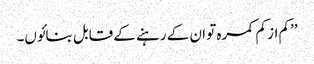
’’کم از کم کمرہ تو ان کے رہنے کے قابل بنائوں۔